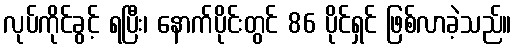
လုပ်ကိုင်ခွင့် ရပြီး၊ နောက်ပိုင်းတွင် 86 ပိုင်ရှင် ဖြစ်လာခဲ့သည်။